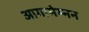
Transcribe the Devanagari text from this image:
आगामेम्नन